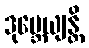
ဒုဗ္ဘေယျန္တိ